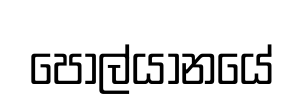
පොල්යානයේ